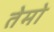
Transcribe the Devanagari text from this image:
तेमो